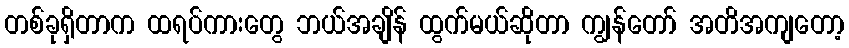
တစ်ခုရှိတာက ထရပ်ကားတွေ ဘယ်အချိန် ထွက်မယ်ဆိုတာ ကျွန်တော် အတိအကျတော့